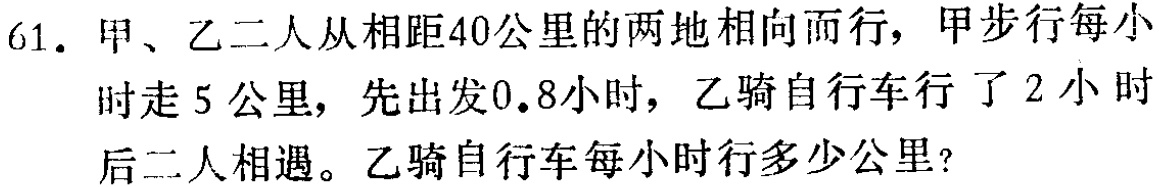
61. 甲、乙二人从相距40公里的两地相向而行，甲步行每小时走5公里，先出发0.8小时，乙骑自行车行了2小时后二人相遇。乙骑自行车每小时行多少公里？